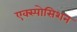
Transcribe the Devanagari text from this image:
एक्स्पोसिशन